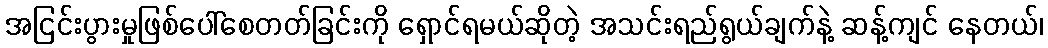
အငြင်းပွားမှုဖြစ်ပေါ်စေတတ်ခြင်းကို ရှောင်ရမယ်ဆိုတဲ့ အသင်းရည်ရွယ်ချက်နဲ့ ဆန့်ကျင် နေတယ်၊